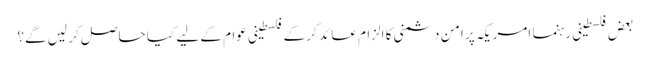
بعض فلسطینی رہنما امریکہ پر امن دشمنی کا الزام عائد کر کے فلسطینی عوام کے لیے کیا حاصل کر لیں گے؟